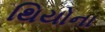
થિયોના